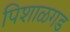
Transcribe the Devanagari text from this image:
पिशाळगड